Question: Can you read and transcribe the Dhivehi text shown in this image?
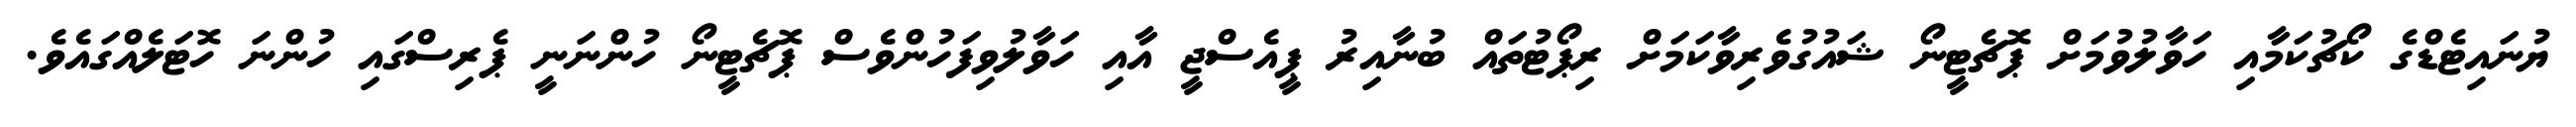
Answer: ޔުނައިޓެޑްގެ ކޯޗުކަމާއި ހަވާލުވުމަށް ޕޮޗެޓީނޯ ޝައުގުވެރިވާކަމަށް ރިޕޯޓުތައް ބުނާއިރު ޕީއެސްޖީ އާއި ހަވާލުވިފަހުންވެސް ޕޮޗެޓީނޯ ހުންނަނީ ޕެރިސްގައި ހުންނަ ހޮޓަލެއްގައެވެ.